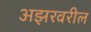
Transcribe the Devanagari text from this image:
अझरवरील